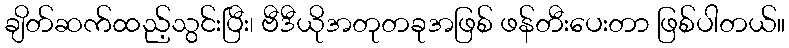
ချိတ်ဆက်ထည့်သွင်းပြီး၊ ဗီဒီယိုအတုတခုအဖြစ် ဖန်တီးပေးတာ ဖြစ်ပါတယ်။